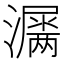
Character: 𤂎